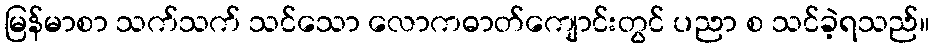
မြန်မာစာ သက်သက် သင်သော လောကဓာတ်ကျောင်းတွင် ပညာ စ သင်ခဲ့ရသည်။